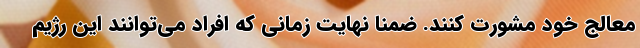
معالج خود مشورت کنند. ضمناً نهایت زمانی که افراد می‌توانند این رژیم